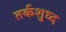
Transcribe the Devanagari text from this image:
तर्कशुध्द